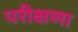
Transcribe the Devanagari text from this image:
परीक्षणा